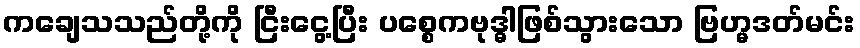
ကချေသသည်တို့ကို ငြီးငွေ့ပြီး ပစ္စေကဗုဒ္ဓါဖြစ်သွားသော ဗြဟ္မဒတ်မင်း